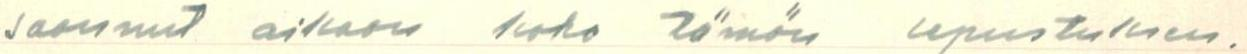
saannut aikaan koko tämän sepustuksen.